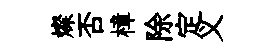
燦否樟除定义